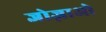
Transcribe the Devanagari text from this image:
जोज़ाओ